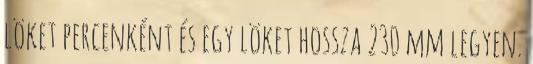
löket percenként és egy löket hossza 230 mm legyen.